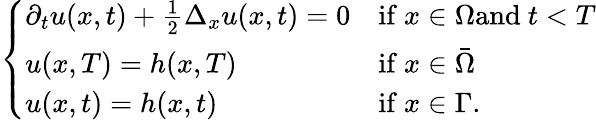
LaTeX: \left\{ \begin{array}{ll}{\partial_{t}u(x,t)+{\frac{1}{2}}\Delta_{x}u(x,t)=0}&{{\mathrm{if~}}x\in\Omega{\mathrm{and~}}t<T}\\ {u(x,T)=h(x,T)}&{{\mathrm{if~}}x\in{\bar{\Omega}}}\\ {u(x,t)=h(x,t)}&{{\mathrm{if~}}x\in\Gamma.}\end{array}\right.